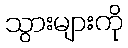
သွားများကို